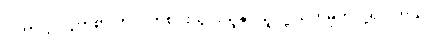
ဒါဟာ ပွဲ ၂ပွဲကစားတိုင်း တစ်ဂိုးသွင်းယူနိုင်သူလို့ သတ်မှတ်လို့ရပါတယ်။